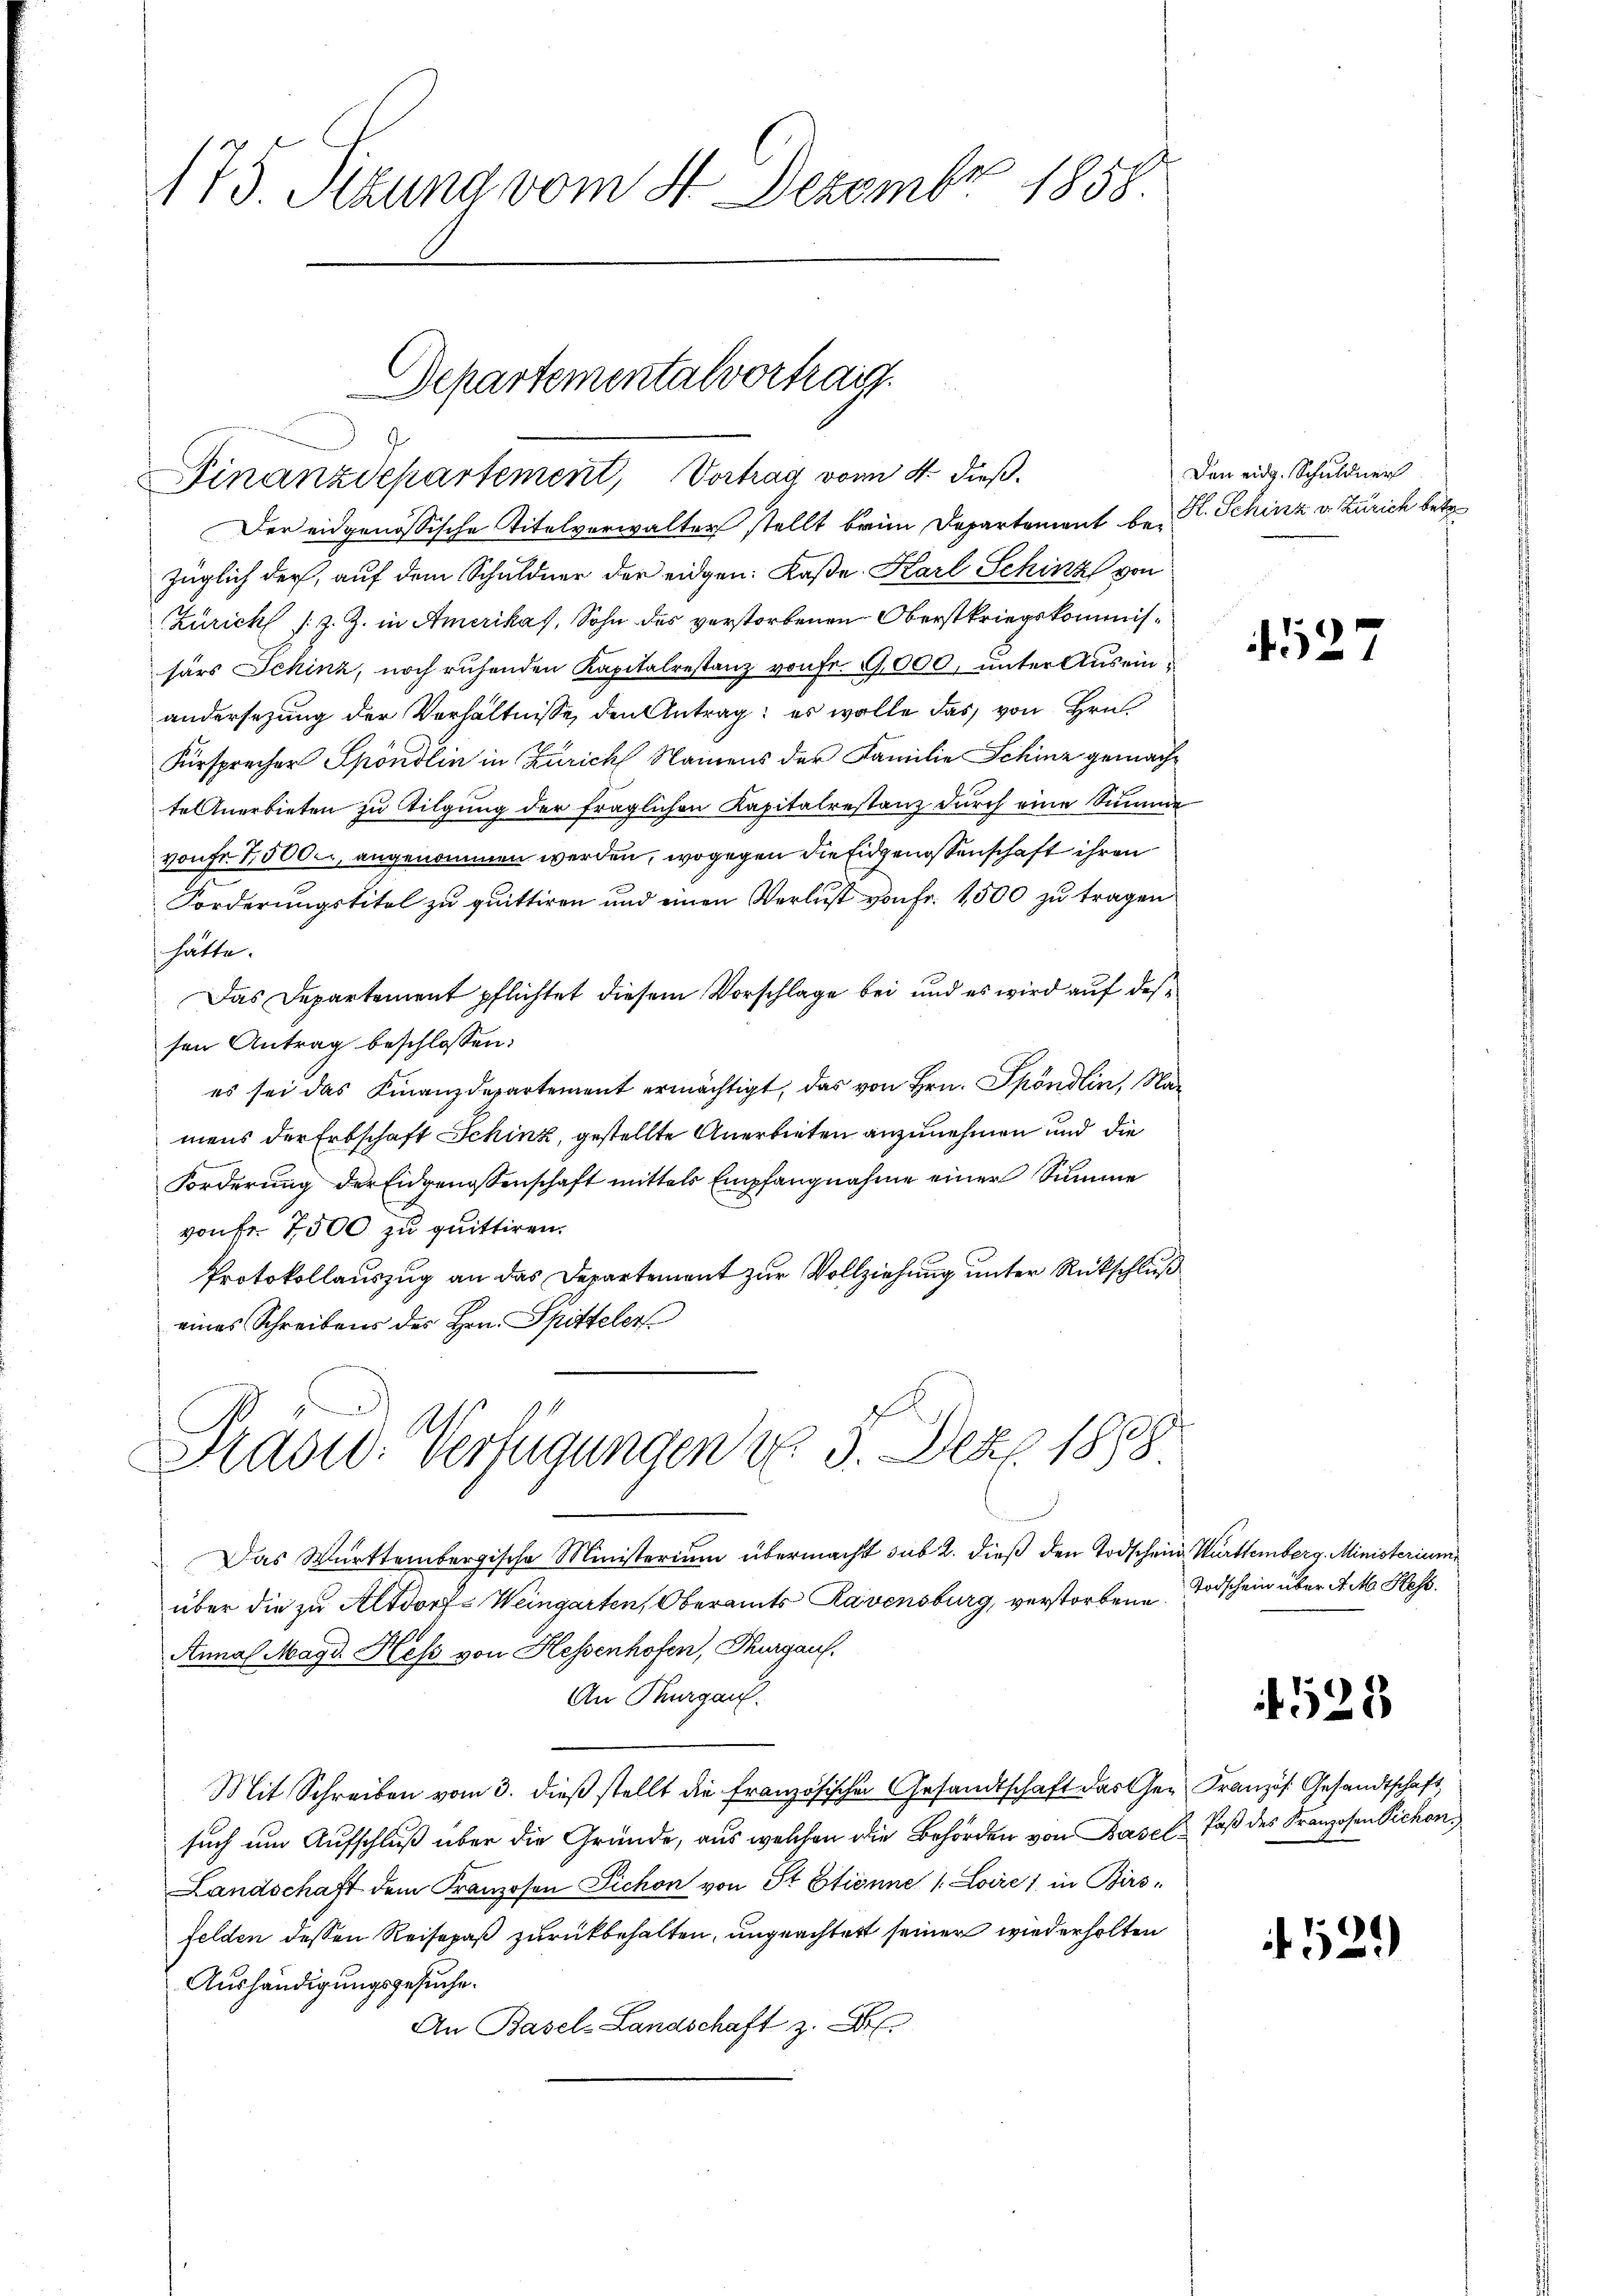
175. Sitzung vom 4. Dezember 1858.

Der eidgenössische Titelverwalter stellt brinn Departement be- R. Schinz v. Zürich betr.
züglich der, auf dem Schuldner der eidgen: Kaße. Karl Schinz von
Zürich /: z. Z. in Amerikas, Sohn des verstorbenen Oberstkriegskommissärs Schinz, noch ruhenden Kapitalrestanz von Fr. 9000, unter Auseinandersezung der Verhältnisse den Antrag; es wolle das von Hrn.
Fürsprecher Spöndlin in Zürich Namens der Familie Schinz gemachtel Anerbieten zu tilgung der fraglichen Kapitalrestanz durch eine Summe
vonFr. 7500. angenommen werden, wogegen die Eidgenossenschaft ihren
Forderungstitel zu quittiren und einen Verlust von Fr. 1500 zu tragen
hatte.
Das Departement pflichtet diesem Vorschlage bei und es wird auf des
sen Antrag beschlossen:
es sei das Finanzdepartement ermächtigt, das von Hrn. Spöndlin, Namens der Erbschaft Schinz, gestellte Anerbieten anzunehmen und die
Forderung der Eidgenossenschaft mittels Empfangnahme einer Summe
von fr. 7500 zu quittiren.
Protokollauszug an das Departement zur Vollziehung unter Rückschluß
eines Schreibens des Hrn. Spitteler
Prasid. Verfügungen u. 3. Dez. 1888
Das Württembergische Ministerium übermacht sub 2. dieß den Todschein Württemberg. Ministerium
über die zu Altdorf-Weingarten, Oberamts Ravensburg, verstorbene
Anna Magd. Hess von Hessenhofen, Thurgau.
An Thurgau.
Mit Schreiben vom 3. dieß stellt die Französischen Gesandtschaft das Gesuch um Aufschluß über die Gründe, aus welchen die Behörden von Basel, daß des Franzosen Vichon,
Landschaft dem Franzosen Sichon von St. Etienne /: Loire, in Birs-
felden dessen Reisepaß zurückbehalten, ungeachtert seiner wiederholten
Aushändigungsgesuche.
An Basel-Landschaft z. B

Departementalvortrag
g
Finanzdepartement, Vortrag vom 4. dieß.

Den eidg. Schuldner

527

Todschein über d. M. Hess.

4529

Französ. Gesandtschaft

129)